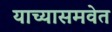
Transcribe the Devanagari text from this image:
याच्यासमवेत